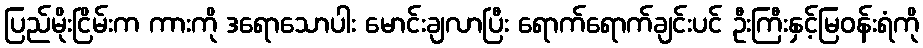
ပြည်မိုးငြိမ်းက ကားကို ဒရောသောပါး မောင်းချလာပြီး ရောက်ရောက်ချင်းပင် ဦးကြီးနှင့်မြဝန်းရံကို